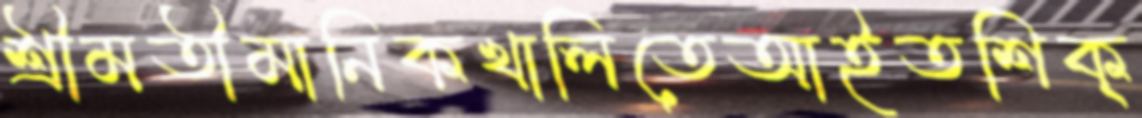
শ্রীমতীমানিকখালিতেআইতশিক্